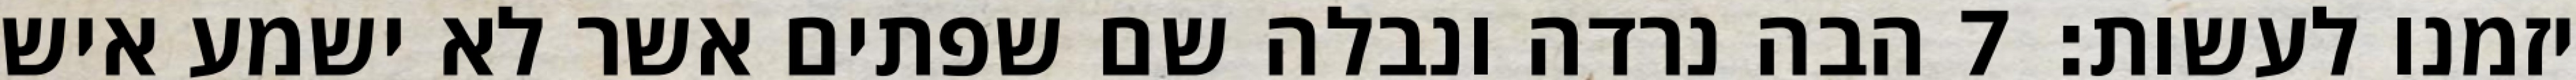
יזמנו לעשות׃ ‎7‏ הבה נרדה ונבלה שם שפתים אשר לא ישמע איש